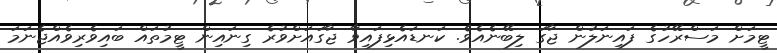
ޓީމަށް މަސްރޭހުގެ ފައިނަލުން ޖާގަ ލިބޭނެއެވެ. ކަނޑައެޅިފައިވާ ޖާގައަށްވުރެ ގިނައިން ޓީމުތައް ބައިވެރިވެއްޖެނަމަ